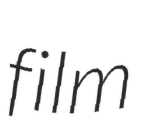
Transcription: film